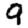
Digit: 9